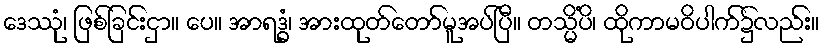
ဒေဿုံ၊ ဖြစ်ခြင်းငှာ။ ပေ။ အာရဒ္ဓံ၊ အားထုတ်တော်မူအပ်ပြီ။ တသ္မိံပိ၊ ထိုကာမဝိပါက်၌လည်း။